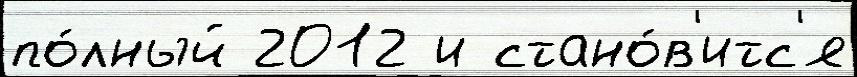
по́лный 2012 и стано́в'итс'я